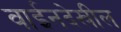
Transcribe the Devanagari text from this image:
वाईनदेखील